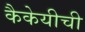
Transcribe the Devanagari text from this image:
कैकेयीची